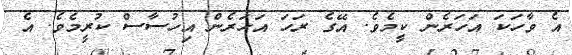
އެ ވާހަކަ އަހަރެން ކީމެވެ. އޭގެ ރަހަ އަހަރެން އިހުސާސް ކުރީމެވެ. އެ